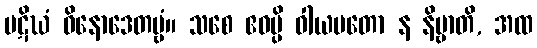
ပဋိဃံ ဝိနောဒေတဗ္ဗံ။ သစေ ဧဝမ္ပိ ဝါယမတော န နိဗ္ဗာတိ, အထ